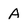
Character: A